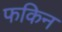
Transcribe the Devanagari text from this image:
फकिन